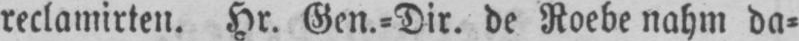
reclamirten. Hr. Gen.⸗Dir. de Roebe nahm da⸗